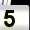
Digit: 5